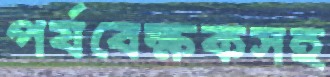
পর্যবেক্ষকসহ